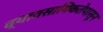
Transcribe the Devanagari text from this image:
व्यावसायिकतेपासून